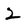
Character: 2